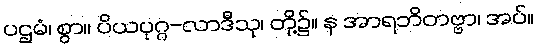
ပဌမံ၊ စွာ။ ပိယပုဂ္ဂ-လာဒီသု၊ တို့၌။ န အာရဘိတဗ္ဗာ၊ အပ်။